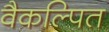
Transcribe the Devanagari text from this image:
वैकल्पित